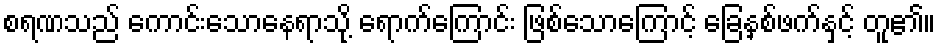
စရဏသည် ကောင်းသောနေရာသို့ ရောက်ကြောင်း ဖြစ်သောကြောင့် ခြေနှစ်ဖက်နှင့် တူ၏။